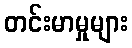
တင်းမာမှုများ